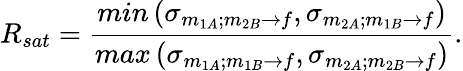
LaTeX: R_{sat}=\frac{min\left(\sigma_{m_{1A};m_{2B}\rightarrow f},\sigma_{m_{2A};m_{1B}\rightarrow f}\right)}{max\left(\sigma_{m_{1A};m_{1B}\rightarrow f},\sigma_{m_{2A};m_{2B}\rightarrow f}\right)}.